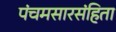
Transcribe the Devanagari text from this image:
पंचमसारसंहिता